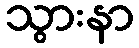
သွားနာ